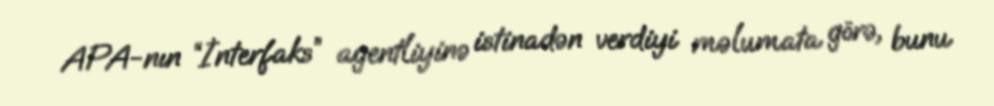
APA-nın “İnterfaks” agentliyinə istinadən verdiyi məlumata görə, bunu